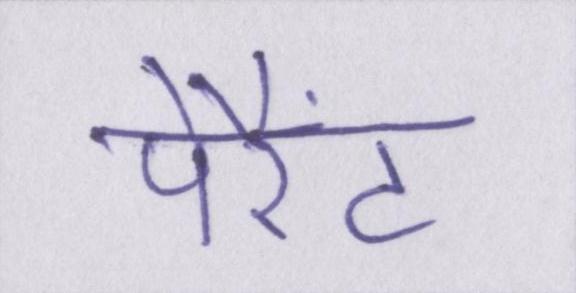
पेरैंट